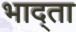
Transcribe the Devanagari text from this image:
भाद्ता